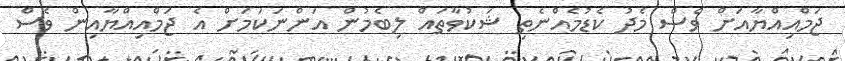
ޖަމްއިއްޔާއަށް ވެސް މެދު ކެޑުމެއްނެތި ޝަކުވާތައް ލިބެމުން އަންނަކަމަށް އެ ޖަމްއިއްޔާއިން ވެސް